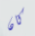
كان